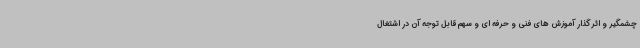
چشمگیر و اثرگذار آموزش های فنی و حرفه ای و سهم قابل توجه آن در اشتغال